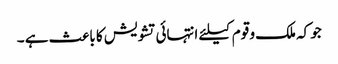
جو کہ ملک و قوم کیلئے انتہائی تشویش کا باعث ہے ۔